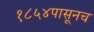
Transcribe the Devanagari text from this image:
१८५४पासूनच